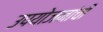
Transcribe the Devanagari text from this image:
उपयोजनांची